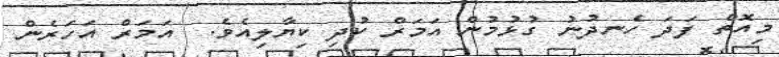
މިއޮތް ފަދަ ހެނދުނު ގުޅުމުން އަމަރް ކުދި ކިޔާލިއެވެ.  އަމަރް އަހަރެން